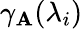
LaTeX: \gamma_{\mathbf{A}}(\lambda_{i})